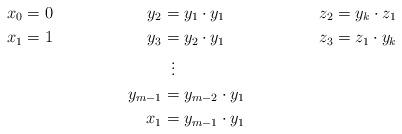
LaTeX: \begin{align*}x_{0}&=0 & y_2 &= y_1 \cdot y_1 & z_2 &=y_k \cdot z_1 \\x_{1}&=1 & y_3 &= y_2 \cdot y_1 & z_3 &= z_1 \cdot y_k \\&&& \;\;\vdots \\&& y_{m-1} &= y_{m-2} \cdot y_1 \\&& x_1 &= y_{m-1} \cdot y_1\end{align*}